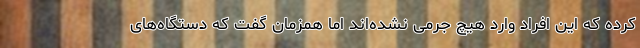
کرده که این افراد وارد هیچ جرمی نشده‌اند اما همزمان گفت که دستگاه‌های